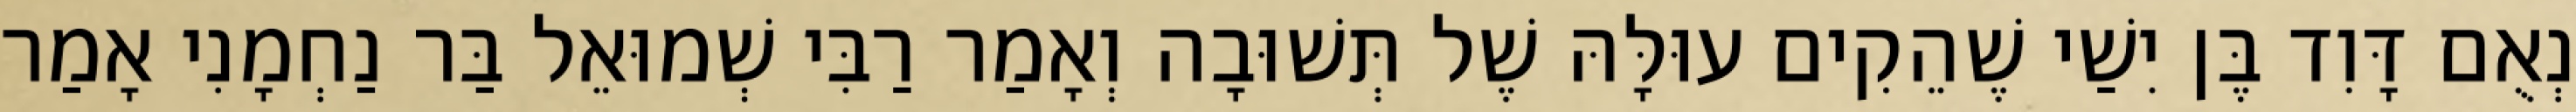
נְאֻם דָּוִד בֶּן יִשַׁי שֶׁהֵקִים עוּלָּהּ שֶׁל תְּשׁוּבָה וְאָמַר רַבִּי שְׁמוּאֵל בַּר נַחְמָנִי אָמַר